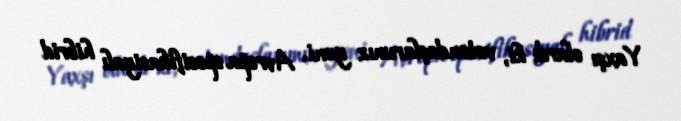
Yaxşı olardı ki, vətəndaşlarımız yeni, Avropa spesifikasiyalı hibrid